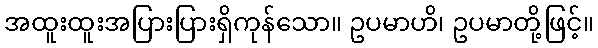
အထူးထူးအပြားပြားရှိကုန်သော။ ဥပမာဟိ၊ ဥပမာတို့ဖြင့်။